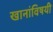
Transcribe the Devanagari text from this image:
खानांविषयी